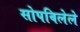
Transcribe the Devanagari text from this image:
सोपविलेले